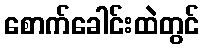
စောက်ခေါင်းထဲတွင်